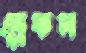
ড্রেকস